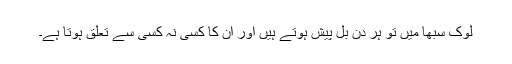
لوک سبھا میں تو ہر دن بل پیش ہوتے ہیں اور ان کا کسی نہ کسی سے تعلق ہوتا ہے۔